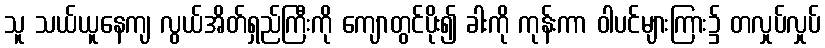
သူ သယ်ယူနေကျ လွယ်အိတ်ရှည်ကြီးကို ကျောတွင်ပိုး၍ ခါးကို ကုန်းကာ ဝါပင်များကြား၌ တလှုပ်လှုပ်